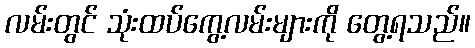
လမ်းတွင် သုံးထပ်ကွေ့လမ်းများကို တွေ့ရသည်။